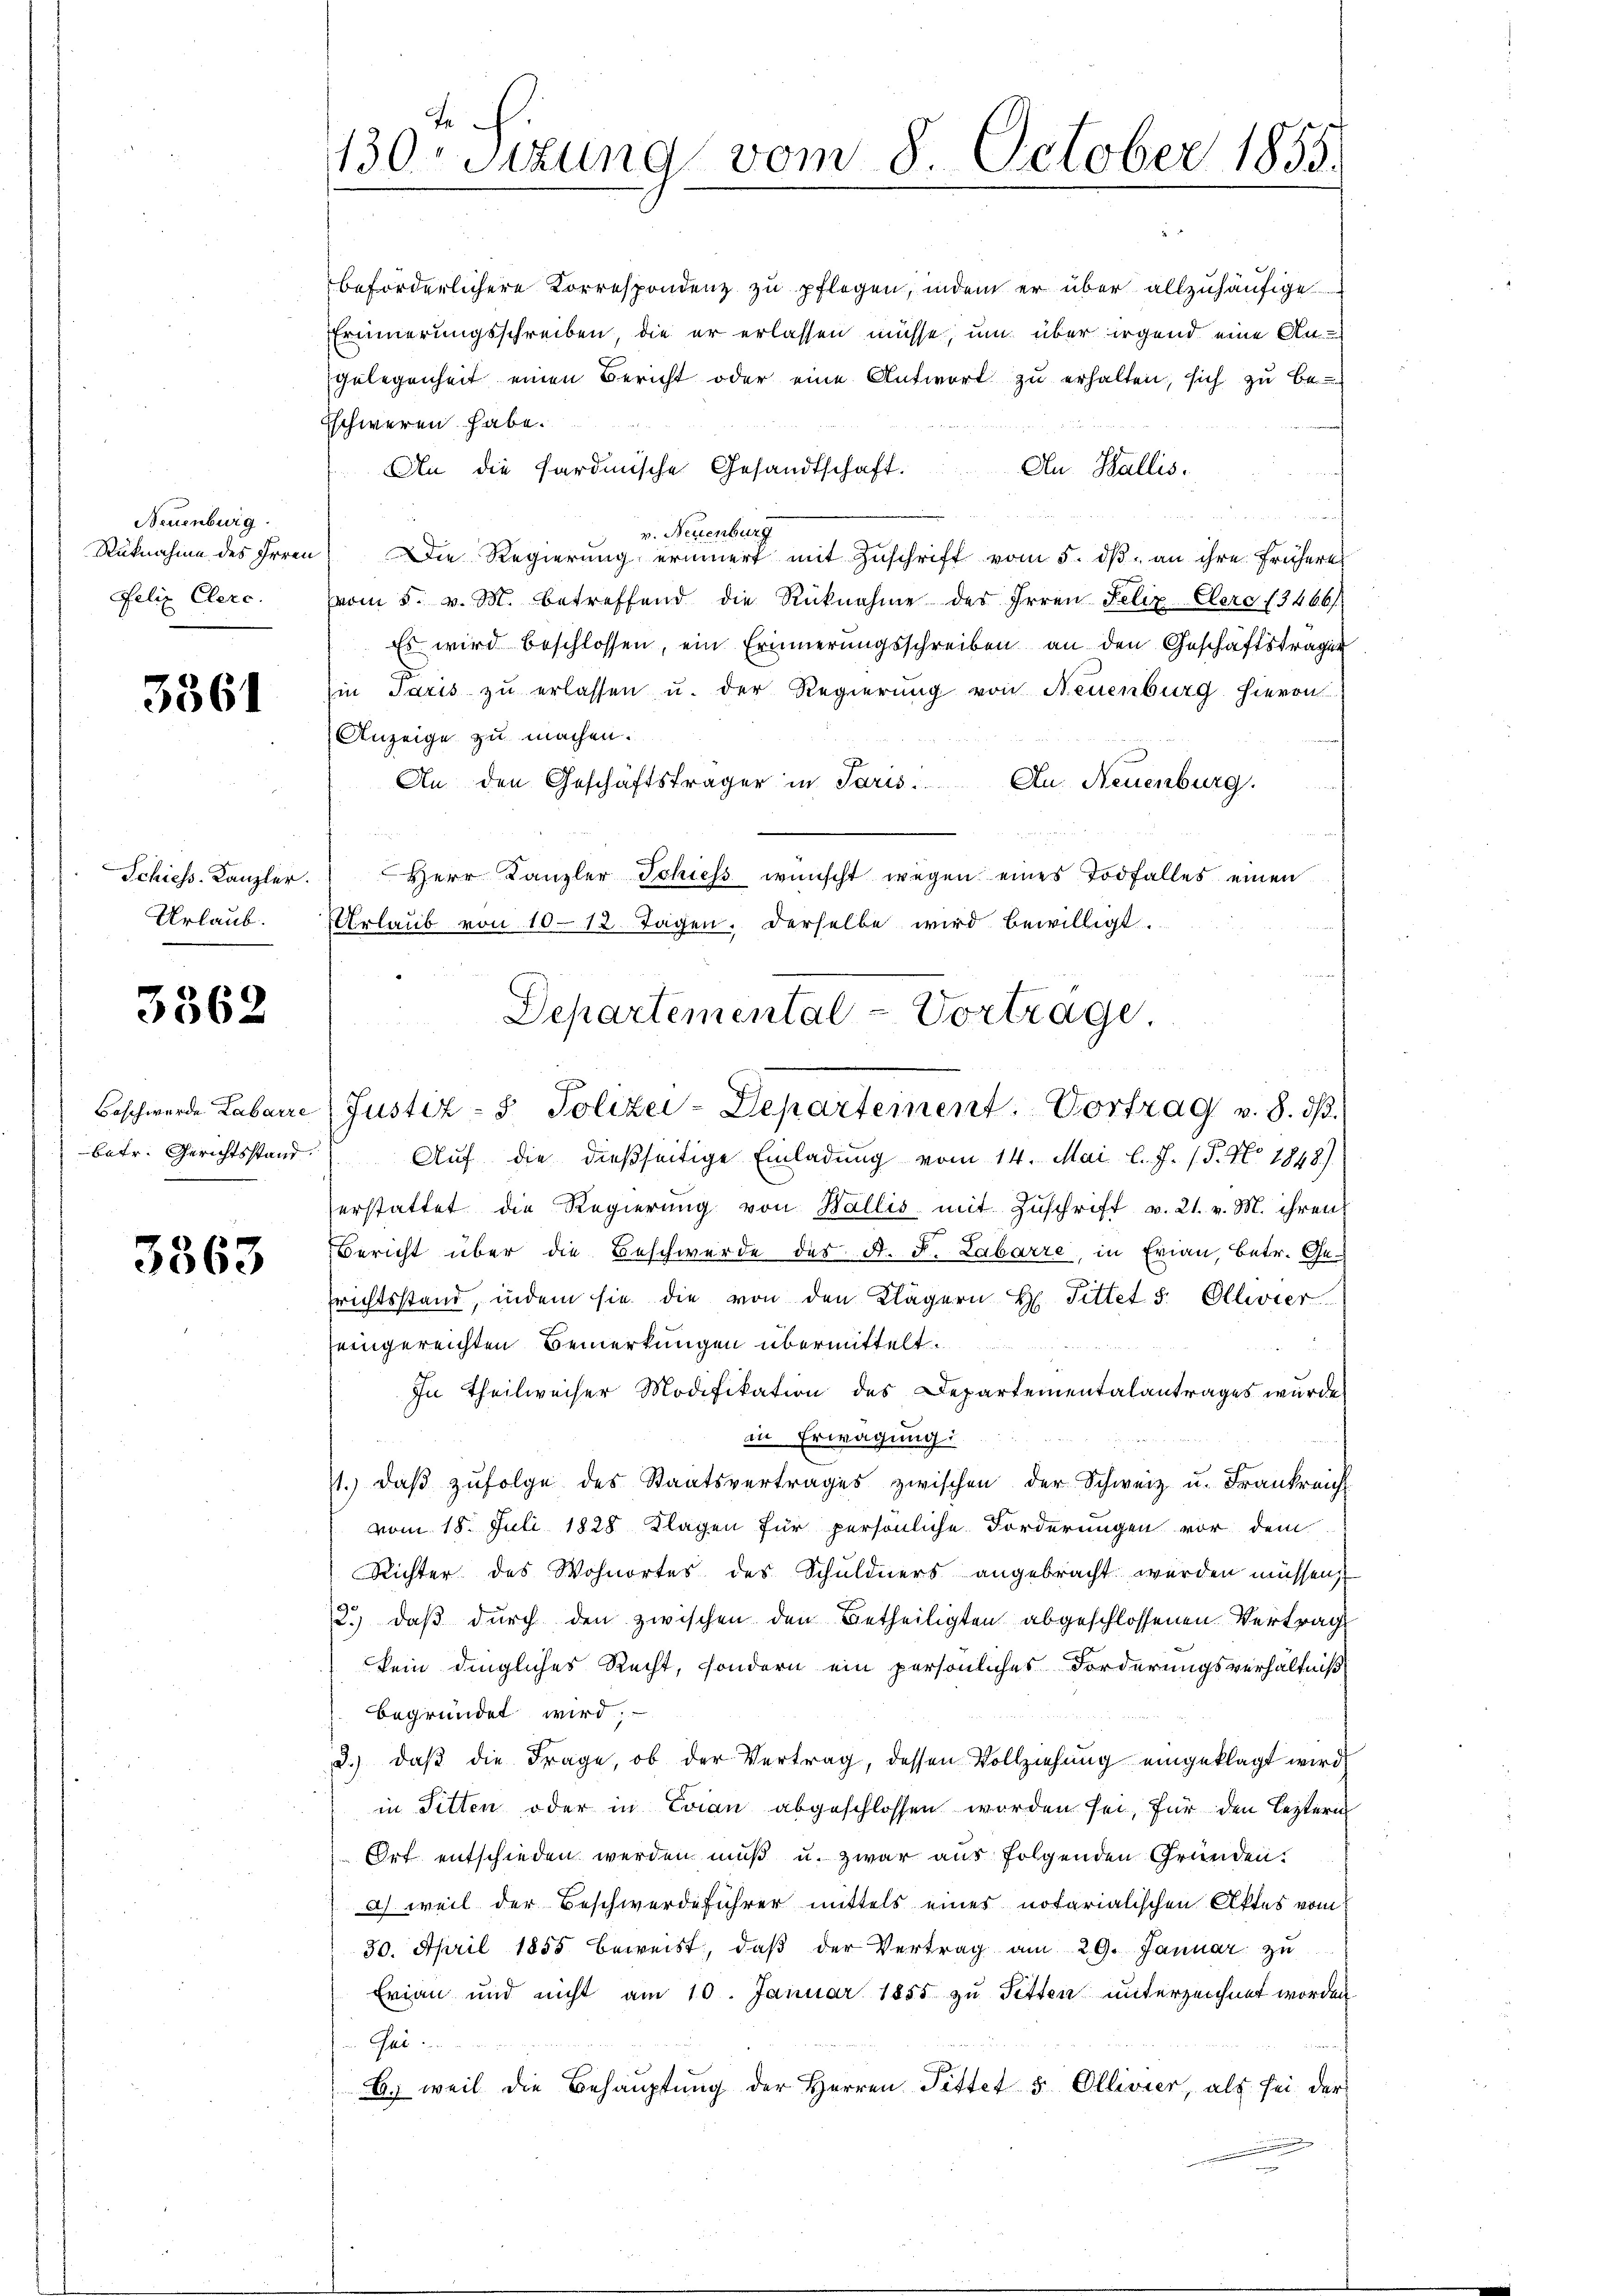
Neuenburg.
Felix Clerc

3361

Urlaub.

3562

betr. Gerichtsstand

3363

Erinnerungsschreiben, die er erlassen müsse, um über irgend eine An-
gelegenheit einen Bericht oder eine Antwort zŭ erhalten, sich zu be-
Eschweren habe.

An die Sardinische Gesandtschaft.
An Wallis.
un
v. Neuenburg
Rüknahme des Irren Die Regierŭng erinnert mit Zŭschrift vom 5. dβ an ihre frühere
vom 5. v. M. betreffend die Rücknahme der Irren Felix Elerc (3466/
Es wird beschlossen, ein Erinnerungsschreiben an den Geschäftsträger
Ein Paris zŭ erlassen u. der Regierung von Neuenburg hievon
Anzeige zu machen.
An den Geschäftsträger in Paris. An Neuenburg.
Schiess. Kanzler.  Herr Kanzler Schiess wünscht wegen eines Todfalles einen
Urlaŭb von 10-12 Tagen. Derselbe wird bewilligt.
Auf die dießseitige Einladung vom 14. Mai l. J. (T. No. 1848)
erstattet die Regierŭng von Wallis mit Zŭschrift v. 21. v. M. ihren
Bericht über die Beschwerde der A. F. Labarre, in Frian, betr. Ge-
richtsstand, indem sie die von den Klägern H. Tittet s. Elliier
eingereichten Bemerkungen übermittelt.
In Theilweiser Modifikation des Departementalantrages wurde
in Erwägung:
1. daβ zŭfolge des Staatsvertrages zwischen der Schweiz u. Frankreich
vom 18. Juli 1828 Klagen für persönliche Forderungen vor dem
Richter des Wohnortes des Schuldners angebracht werden müssen,
2.) daß durch den zwischen den Betheiligten abgeschlossenen Vertrag
kein dingliches Recht, sondern ein persönliches Forderungsverhältniß
begründet wird;
d.) daß die Frage, ob der Vertrag, dessen Vollziehung eingeklagt wird
in Sitten oder in Loian abgeschlossen worden sei, für den leztern
Ort entschieden werden muß u. zwar aus folgenden Gründen.
a) weil der Beschwerdeführer mittels eines notarialischen Aktes vom
30. April 1855 beweist, daβ der Vertrag am 29. Januar zu
Erian und nicht am 10. Januar 1855 zu Fetten unterzeichnet worden
Gas
B. weil die Behauptung der Herren Pittet 5 Ollivier, als sei der

te
130. Sitzung vom 8. October 1855.

beförderlichere Korrespondenz zu pflegen, indem er über allzuhäufige

Departemental-Vortrage,
Beschwerde Labaire (Justiz- & Polizei-Departement. Vortrag v. 8. dβ.